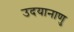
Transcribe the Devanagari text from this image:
उदयानाणु